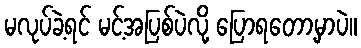
မလုပ်ခဲ့ရင် မင့်အပြစ်ပဲလို့ ပြောရတော့မှာပဲ။